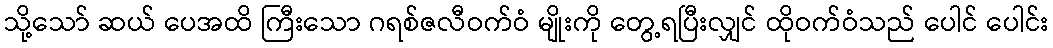
သို့သော် ဆယ် ပေအထိ ကြီးသော ဂရစ်ဇလီဝက်ဝံ မျိုးကို တွေ့ရပြီးလျှင် ထိုဝက်ဝံသည် ပေါင် ပေါင်း